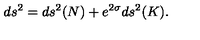
d s ^ { 2 } = d s ^ { 2 } ( N ) + e ^ { 2 \sigma } d s ^ { 2 } ( K ) .